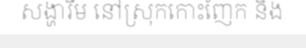
សង្ហារឹម នៅស្រុកកោះញែក និង